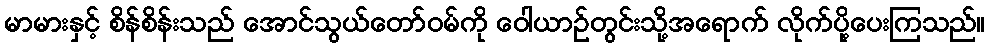
မာမားနှင့် စိန်စိန်းသည် အောင်သွယ်တော်ဝမ်ကို ဝေါယာဉ်တွင်းသို့အရောက် လိုက်ပို့ပေးကြသည်။